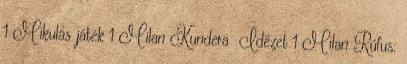
1 Mikulás játék 1 Milan Kundera Idézet 1 Milan Rúfus: